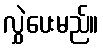
လွှဲပေးမည်။